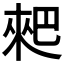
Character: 𠌊